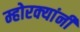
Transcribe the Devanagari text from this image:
म्होरक्‍यांनी